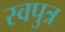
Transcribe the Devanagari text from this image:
स्वपुत्र